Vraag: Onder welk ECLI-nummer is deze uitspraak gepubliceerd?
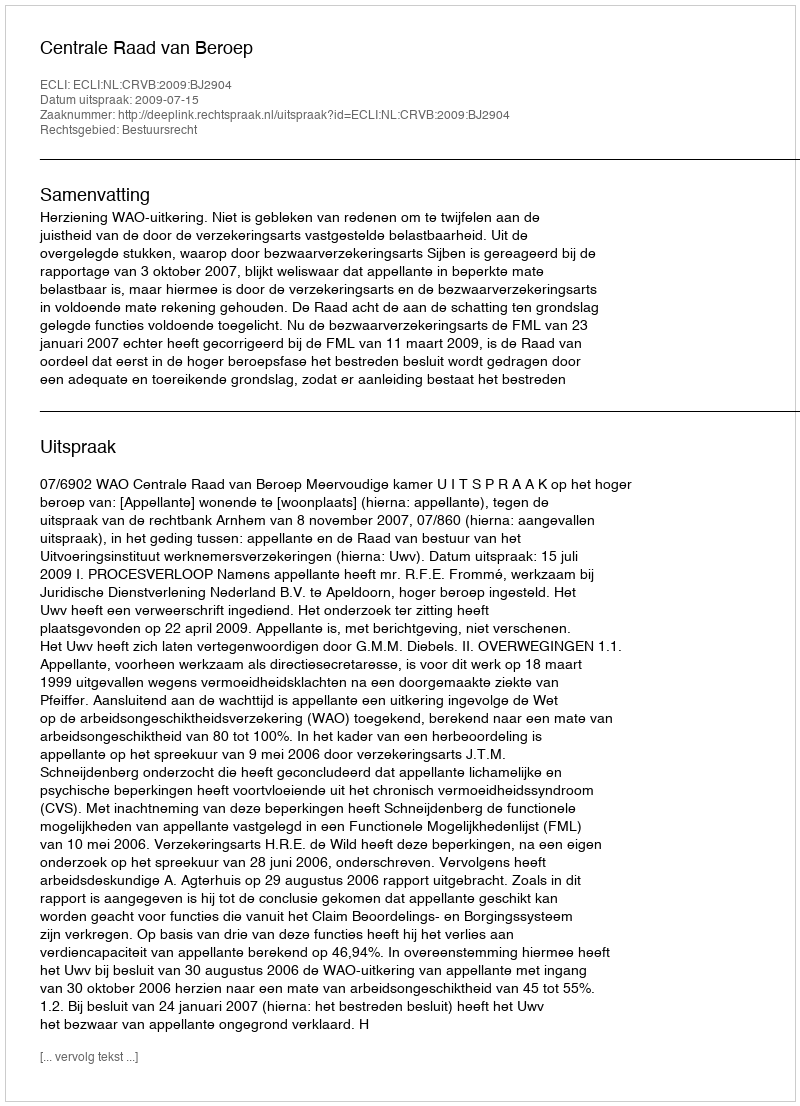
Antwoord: ECLI:NL:CRVB:2009:BJ2904